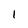
Character: l